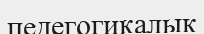
педегогикалық